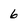
Character: 6